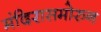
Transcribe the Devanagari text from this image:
मंदिरासमोरुन